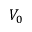
V _ { 0 }